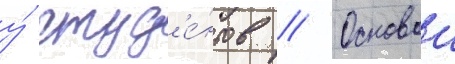
у́ студ'е́нтов // Основои